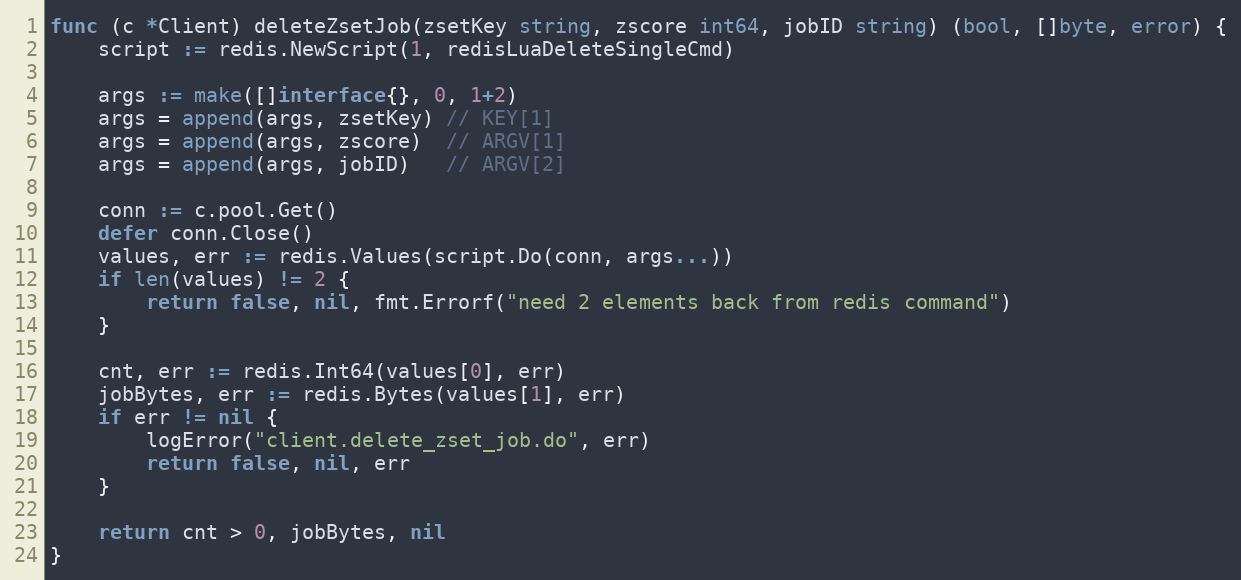
Language: Go
func (c *Client) deleteZsetJob(zsetKey string, zscore int64, jobID string) (bool, []byte, error) {
	script := redis.NewScript(1, redisLuaDeleteSingleCmd)

	args := make([]interface{}, 0, 1+2)
	args = append(args, zsetKey) // KEY[1]
	args = append(args, zscore)  // ARGV[1]
	args = append(args, jobID)   // ARGV[2]

	conn := c.pool.Get()
	defer conn.Close()
	values, err := redis.Values(script.Do(conn, args...))
	if len(values) != 2 {
		return false, nil, fmt.Errorf("need 2 elements back from redis command")
	}

	cnt, err := redis.Int64(values[0], err)
	jobBytes, err := redis.Bytes(values[1], err)
	if err != nil {
		logError("client.delete_zset_job.do", err)
		return false, nil, err
	}

	return cnt > 0, jobBytes, nil
}